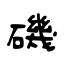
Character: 磯